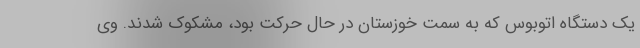
یک دستگاه اتوبوس که به سمت خوزستان در حال حرکت بود، مشکوک شدند. وی